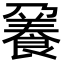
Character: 𩜒